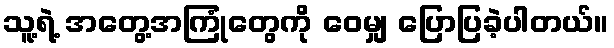
သူ့ရဲ့ အတွေ့အကြုံတွေကို ဝေမျှ ပြောပြခဲ့ပါတယ်။